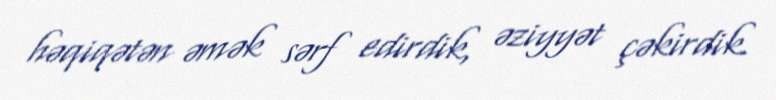
həqiqətən əmək sərf edirdik, əziyyət çəkirdik.